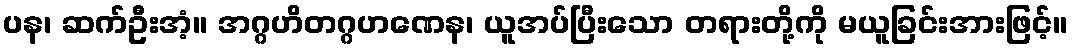
ပန၊ ဆက်ဦးအံ့။ အဂ္ဂဟိတဂ္ဂဟဏေန၊ ယူအပ်ပြီးသော တရားတို့ကို မယူခြင်းအားဖြင့်။